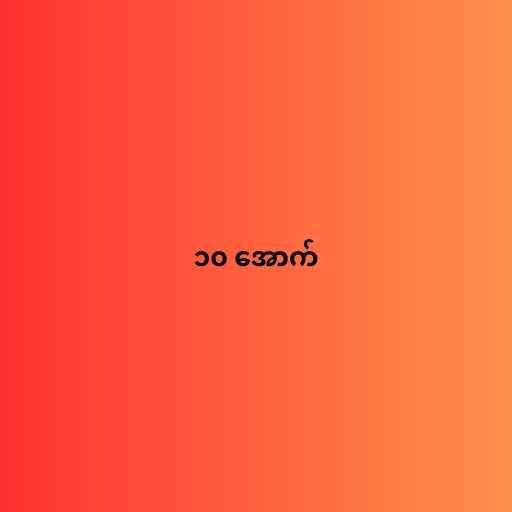
၁၀ အောက်